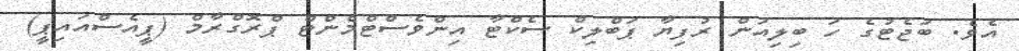
އެވެ. ބަޖެޓުގެ ހަ ބިލިއަން ރުފިޔާ ޕަބްލިކް ސެކްޓާ އިންވެސްޓްމެންޓް ޕްރޮގްރާމް (ޕީއެސްއައިޕީ)